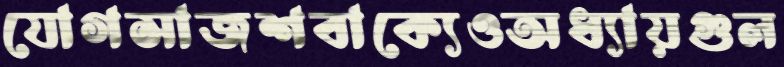
যোগসাজশবাক্যেওঅধ্যায়গুল